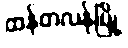
ထန်တလန်မြို့